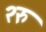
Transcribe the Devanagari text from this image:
२रु